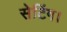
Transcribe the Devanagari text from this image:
सेटिंग।